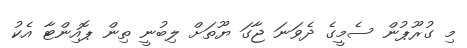
މި ގުރޫޕުން ސެމީގެ ދެވަނަ ޖާގަ ޔޫތަށް ލިބުނީ ތިން ޕޮއިންޓާ އެކު